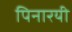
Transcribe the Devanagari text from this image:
पिनारयी